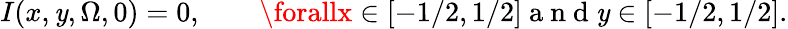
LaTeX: I(x,\mathit{y},\Omega,0)=0,\qquad\forallx\in[-1/2,1/2]\mathrm{{~a~n~d~}}\mathit{y}\in[-1/2,1/2].